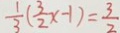
\frac { 1 } { 3 } ( \frac { 3 } { 2 } x - 1 ) = \frac { 3 } { 2 }